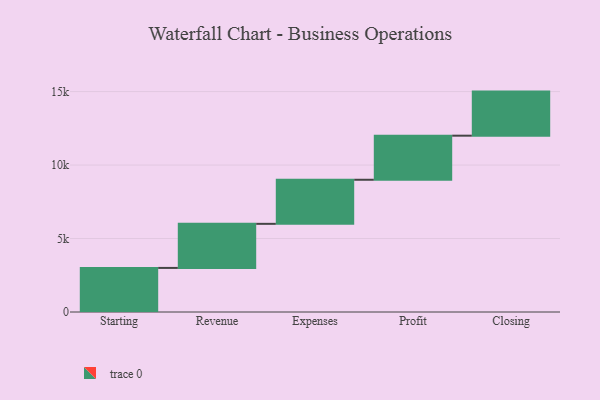
{"axis": {"x": "Step", "y": "Value"}, "legend": [""], "data": [{"x": "Starting", "y": 3000, "type": ""}, {"x": "Revenue", "y": 3000, "type": ""}, {"x": "Expenses", "y": 3000, "type": ""}, {"x": "Profit", "y": 3000, "type": ""}, {"x": "Closing", "y": 3000, "type": ""}]}